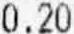
0.20